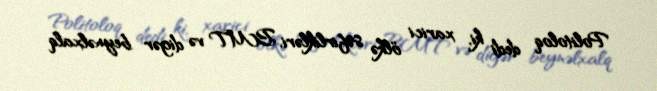
Politoloq dedi ki, xarici ölkə səfirlikləri, BMT və digər beynəlxalq